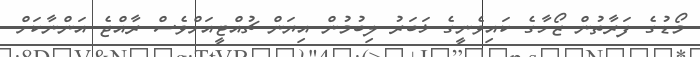
މޯޑުގެ ފަރާތުން ޒޯހާގެ ކައިވެނީގެ ޚަބަރު ލިބުމުން އިޔަން ޗުއްޓީއަށްވެސް ރާއްޖެ އަންނާކަށް